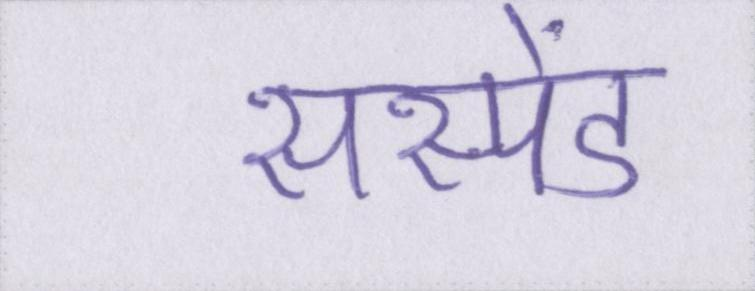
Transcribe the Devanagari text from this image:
सस्पेंड